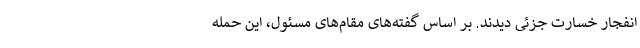
انفجار خسارت جزئی دیدند. بر اساس گفته‌های مقام‌های مسئول، این حمله